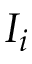
I _ { i }